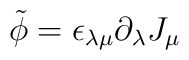
\tilde\phi=\epsilon_{\lambda\mu}\partial_\lambda J_\mu